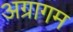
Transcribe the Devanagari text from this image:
अग्रागम